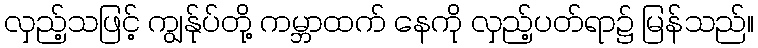
လှည့်သဖြင့် ကျွန်ုပ်တို့ ကမ္ဘာထက် နေကို လှည့်ပတ်ရာ၌ မြန်သည်။